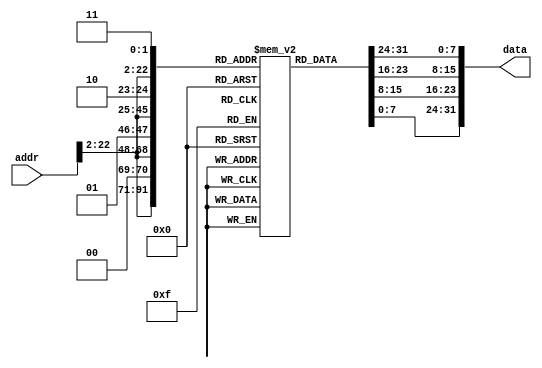
// Module name: instmem
// Module Desc: instruction memory for single-cycle 32-bit RISC system
// Inputs: addr - 32-bit address 
// Outputs: data - 32-bit data located at memory address specified by addr, provided asynchronously
// Internal parameters:
//		STARTADDR - 32-bit starting address for the memory
//		LENGTH - number of bytes in the memory
// Notes: As RISC instruction memory, only addresses evenly divisible by 4 are expected. The module
// will truncate the lower to bits and only provide instructions that are aligned.



module instmem(
addr,	// 32-bit memory address
data	// 32-bit memory contents
);
parameter STARTADDR = 32'h0040_0000;
parameter LENGTH = 32'h0000_1000; // in bytes

input [31:0] addr;
output [31:0] data;
wire [31:0] addr;
wire [31:0] data;

// Note that since the memory is accessed in groups of 4-bytes, the address is internally divided by 4.
reg [7:0] memory[STARTADDR:STARTADDR+LENGTH -1];

// instruction stored as little endian
assign	data = {memory[{addr[31:2],2'b11}],memory[{addr[31:2],2'b10}],memory[{addr[31:2],2'b01}],memory[{addr[31:2],2'b00}]};  


endmodule